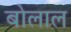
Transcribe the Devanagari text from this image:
बोलाल